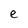
Character: e